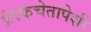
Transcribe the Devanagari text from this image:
प्रेरकचेतापेशी